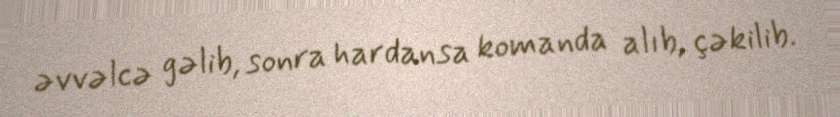
əvvəlcə gəlib, sonra hardansa komanda alıb, çəkilib.